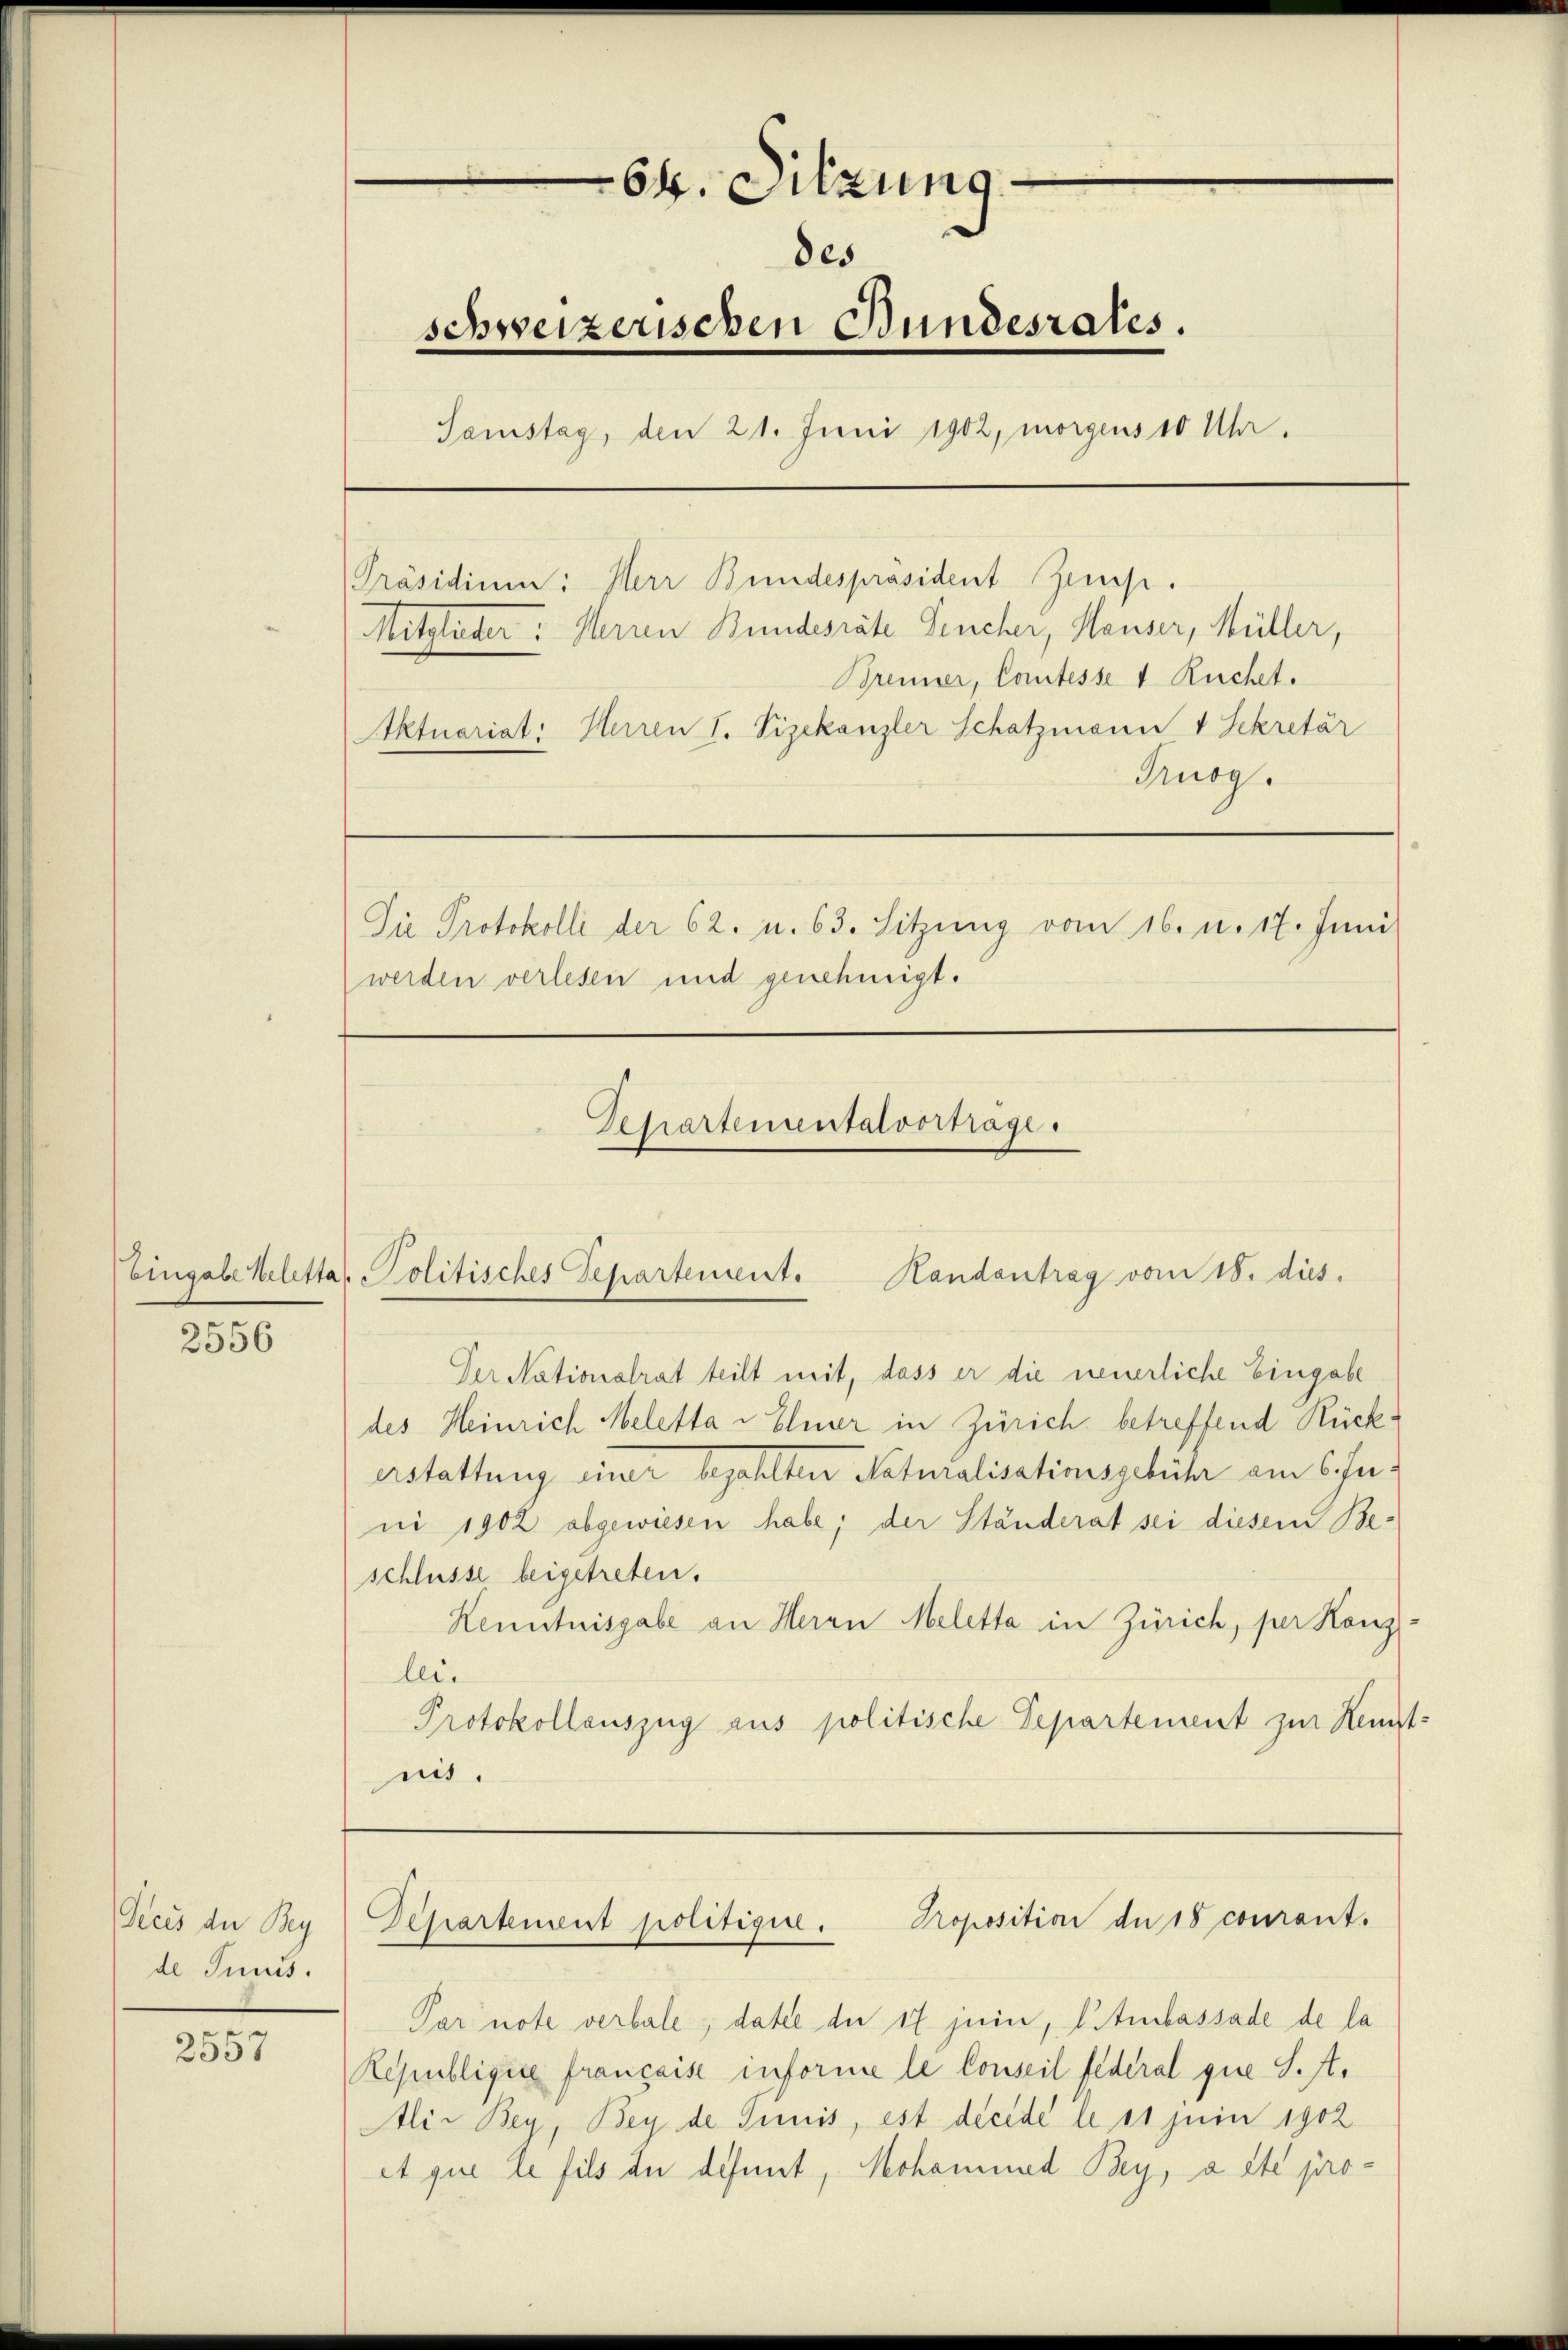
3556

Dreis der Bey
de Junis.

2557

.
64. Sitzung
des
schweizerischen Bundesrates.
Samstag, den 21. Juni 1902, morgens 10 Uhr.
[Präsidium: Herr Bundespräsident Zems.
Mitglieder: Herren Bundesräte Teucher, Hauser, Müller,
Brenner, Comtesse v Ruchet.
Aktuariat: Herren I. Vizekanzler Schatzmann 4 Sekretär
Kuog.

Die Protokolli der 62. u. 63. Sitzung vom 16. u. 17. Juni
werden verlesen und genehmigt.

Eingabe keletta Politisches Departement.

Vepartementalvortrage.

Randantrag vom 18. dies
Der Nationalrat teilt mit, dass er die neuerliche Eingabe
des Heinrich Meletta - Elner in Zürich betreffend Rückestattung einer bezahlten Naturalisationsgebühr am Chani 1902 abgewiesen habe; der Ständerat sei diesem Beschlüsse beigetreten.
Kenntnisgabe an Herrn Meletta in Zürich, per Kanz:
lei.
Protokollauszug aus politische Departement zur Kenntnis.

Par note verbale; daße de 17 jein, liturbassade de la
Republique française informe le Conseil federal que S. A.
Alir Bey, Bey de Tunis, est decede le 11 Juin 1902
At que le fils du défunt, Mohamund Bey, a été pro¬

Proposition de 18 courant.
Departement politigen.